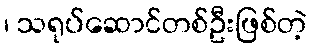
၊ သရုပ်ဆောင်တစ်ဦးဖြစ်တဲ့